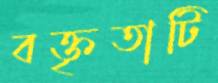
বক্তৃতাটি